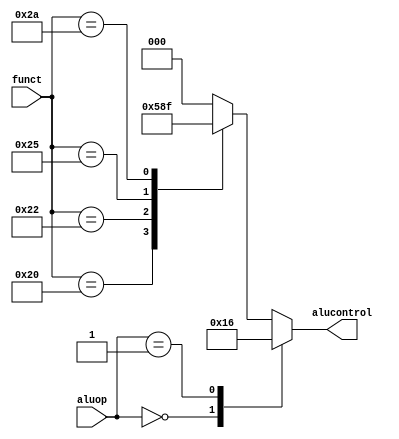
`timescale 1ns / 1ps

//ALU Decoder

module aludec(
	input wire[5:0] funct,
	input wire[1:0] aluop,
	output reg[2:0] alucontrol
    );
	always @(*) begin
		case (aluop)
			2'b00: alucontrol <= 3'b010; //add for lw/sw/addi
			2'b01: alucontrol <= 3'b110; //sub for beq
			default : case (funct)
				6'b100000:alucontrol <= 3'b010; //add
				6'b100010:alucontrol <= 3'b110; //sub
				6'b100100:alucontrol <= 3'b000; //and
				6'b100101:alucontrol <= 3'b001; //or
				6'b101010:alucontrol <= 3'b111; //slt
				default:  alucontrol <= 3'b000;
			endcase
		endcase
	
	end
endmodule